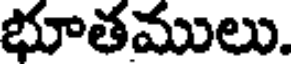
భూతములు.